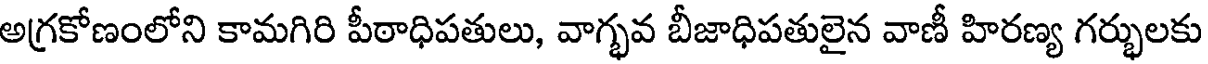
అగ్రకోణంలోని కామగిరి పీఠాధిపతులు, వాగ్భవ బీజాధిపతులైన వాణీ హిరణ్య గర్భులకు